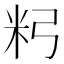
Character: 𥸲